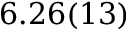
6 . 2 6 ( 1 3 )